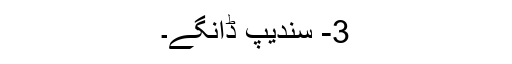
3- سندیپ ڈانگے۔